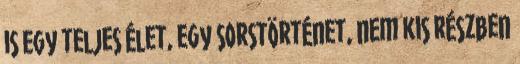
is egy teljes élet, egy sorstörténet, nem kis részben